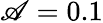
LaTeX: \mathscr{A}=0.1